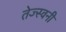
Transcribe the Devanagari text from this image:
तेज्स्वनी